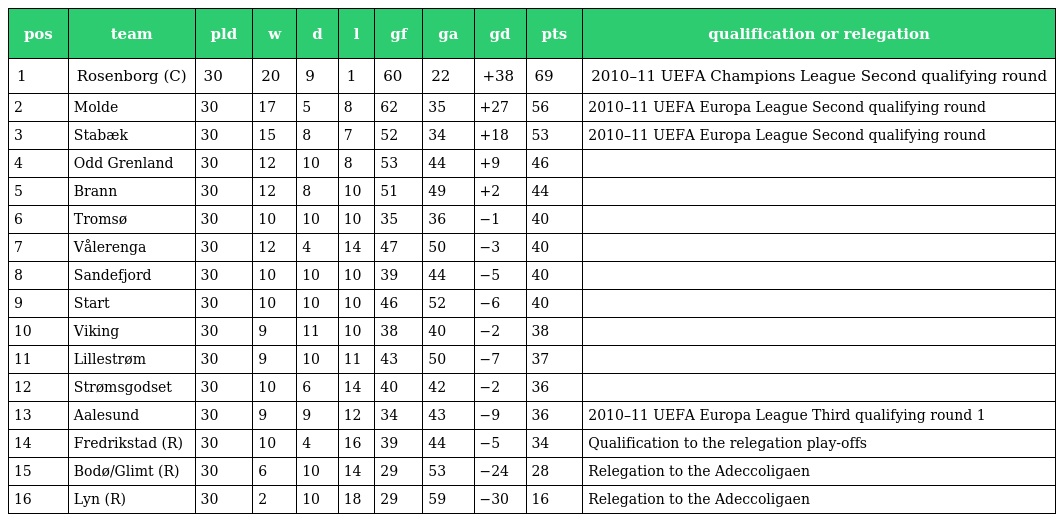
| pos | team | pld | w | d | l | gf | ga | gd | pts | qualification or relegation |
 | --- | --- | --- | --- | --- | --- | --- | --- | --- | --- | --- |
 | 1 | Rosenborg (C) | 30 | 20 | 9 | 1 | 60 | 22 | +38 | 69 | 2010–11 UEFA Champions League Second qualifying round |
 | 2 | Molde | 30 | 17 | 5 | 8 | 62 | 35 | +27 | 56 | 2010–11 UEFA Europa League Second qualifying round |
 | 3 | Stabæk | 30 | 15 | 8 | 7 | 52 | 34 | +18 | 53 | 2010–11 UEFA Europa League Second qualifying round |
 | 4 | Odd Grenland | 30 | 12 | 10 | 8 | 53 | 44 | +9 | 46 |  |
 | 5 | Brann | 30 | 12 | 8 | 10 | 51 | 49 | +2 | 44 |  |
 | 6 | Tromsø | 30 | 10 | 10 | 10 | 35 | 36 | −1 | 40 |  |
 | 7 | Vålerenga | 30 | 12 | 4 | 14 | 47 | 50 | −3 | 40 |  |
 | 8 | Sandefjord | 30 | 10 | 10 | 10 | 39 | 44 | −5 | 40 |  |
 | 9 | Start | 30 | 10 | 10 | 10 | 46 | 52 | −6 | 40 |  |
 | 10 | Viking | 30 | 9 | 11 | 10 | 38 | 40 | −2 | 38 |  |
 | 11 | Lillestrøm | 30 | 9 | 10 | 11 | 43 | 50 | −7 | 37 |  |
 | 12 | Strømsgodset | 30 | 10 | 6 | 14 | 40 | 42 | −2 | 36 |  |
 | 13 | Aalesund | 30 | 9 | 9 | 12 | 34 | 43 | −9 | 36 | 2010–11 UEFA Europa League Third qualifying round 1 |
 | 14 | Fredrikstad (R) | 30 | 10 | 4 | 16 | 39 | 44 | −5 | 34 | Qualification to the relegation play-offs |
 | 15 | Bodø/Glimt (R) | 30 | 6 | 10 | 14 | 29 | 53 | −24 | 28 | Relegation to the Adeccoligaen |
 | 16 | Lyn (R) | 30 | 2 | 10 | 18 | 29 | 59 | −30 | 16 | Relegation to the Adeccoligaen |